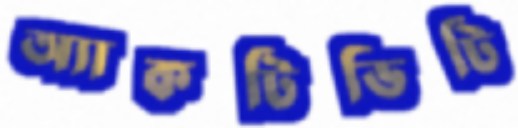
অ্যাকটিভিটি